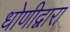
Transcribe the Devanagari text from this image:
धोणीद्वारा